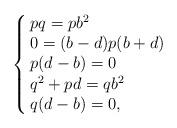
LaTeX: \begin{align*}\left\{\begin{array}{@{\,}lll} pq=pb^2\\0=(b-d)p(b+d)\\p(d-b)=0\\q^2+pd=qb^2\\q(d-b)=0, \end{array} \right. \end{align*}